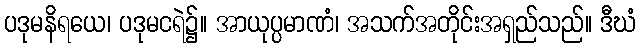
ပဒုမနိရယေ၊ ပဒုမငရဲ၌။ အာယုပ္ပမာဏံ၊ အသက်အတိုင်းအရှည်သည်။ ဒီဃံ